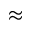
\approx